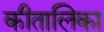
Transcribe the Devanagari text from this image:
कीतालिका